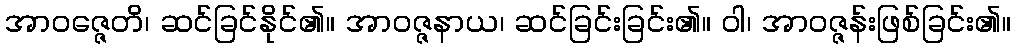
အာဝဇ္ဇေတိ၊ ဆင်ခြင်နိုင်၏။ အာဝဇ္ဇနာယ၊ ဆင်ခြင်းခြင်း၏။ ဝါ၊ အာဝဇ္ဇန်းဖြစ်ခြင်း၏။